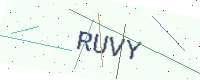
Text: RUVY